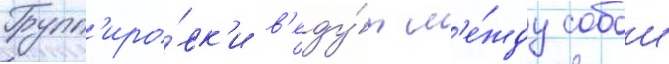
Групп'иро́вк'и в'еду́т м'е́жду собои